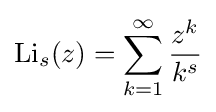
\operatorname {Li} _{s}(z)=\sum _{k=1}^{\infty }{\frac {z^{k}}{k^{s}}}